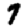
Digit: 7